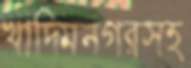
খাদিমনগরসহ